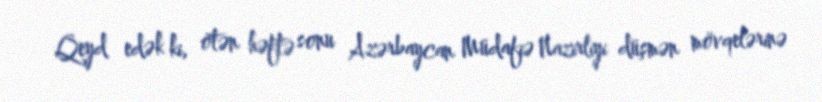
Qeyd edək ki, ötən həftə sonu Azərbaycan Müdafiə Nazirliyi düşmən mövqelərinə